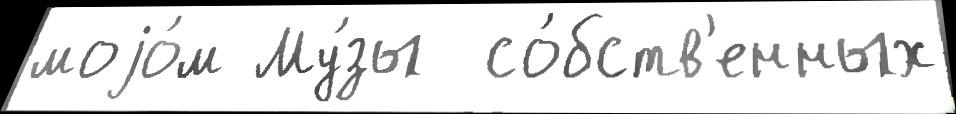
моjо́м Му́зы  со́бств'енных